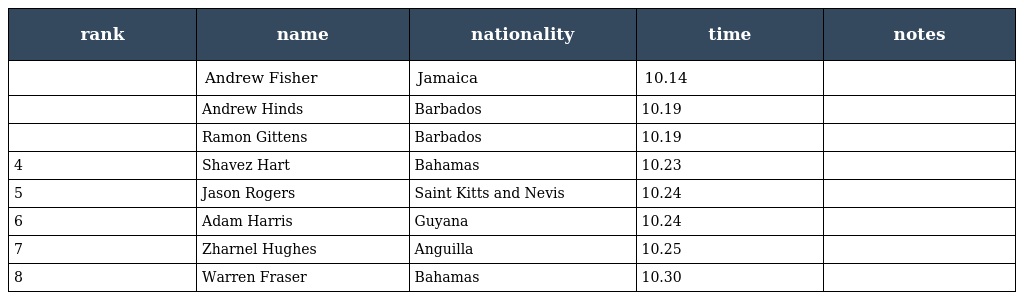
| rank | name | nationality | time | notes |
 | --- | --- | --- | --- | --- |
 |  | Andrew Fisher | Jamaica | 10.14 |  |
 |  | Andrew Hinds | Barbados | 10.19 |  |
 |  | Ramon Gittens | Barbados | 10.19 |  |
 | 4 | Shavez Hart | Bahamas | 10.23 |  |
 | 5 | Jason Rogers | Saint Kitts and Nevis | 10.24 |  |
 | 6 | Adam Harris | Guyana | 10.24 |  |
 | 7 | Zharnel Hughes | Anguilla | 10.25 |  |
 | 8 | Warren Fraser | Bahamas | 10.30 |  |